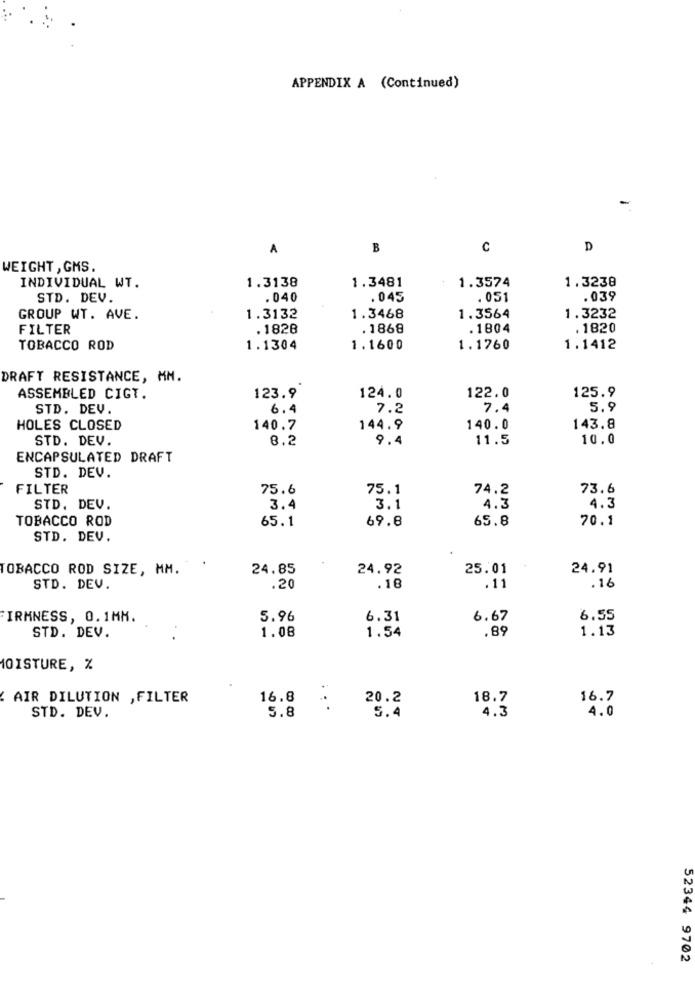
APPENDIX A (Continued)
A
B
C
D
WEIGHT , GMS.
1.3138
1.3481
1.3574
1.3238
INDIVIDUAL WT.
STD. DEV.
. 040
.045
.051
.039
GROUP WT. AVE.
1.3132
1.3468
1.3564
1.3232
FILTER
. 1828
. 1868
.1804
. 1820
TOBACCO ROD
1.1304
1.1600
1.1760
1.1412
DRAFT RESISTANCE, MM.
122.0
125.9
ASSEMBLED CIGT.
123.9
124.0
STD. DEV.
6.4
7.2
7.4
5.9
HOLES CLOSED
140.7
144.9
140.0
143.8
STD. DEV.
8.2
9.4
11.5
10.0
ENCAPSULATED DRAFT
STD. DEV.
FILTER
75.6
75.1
74.2
73.6
STD. DEV.
3.4
3.1
4.3
4.3
TOBACCO ROD
65.1
69.8
65.8
70.1
STD. DEV.
TOBACCO ROD SIZE, MM.
24.85
24.92
25.01
24.91
STD. DEV.
.20
.18
.11
.16
IRMNESS, 0.1MM.
5.96
6.31
6.67
6.55
1.08
1.54
.89
1.13
STD. DEV.
10ISTURE, %
. AIR DILUTION , FILTER
16.8
20.2
18.7
16.7
STD. DEV.
5.8
. . .
5.4
4.3
4.0
52344 9702